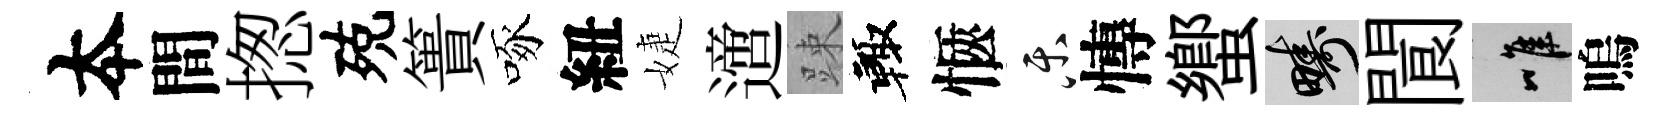
夲間揔殑簣啄紐婕𨗁踈輙愜乐慱蠁疇閬唯嗚